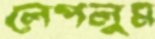
লেপলুম